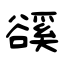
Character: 豀